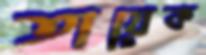
তায়েক